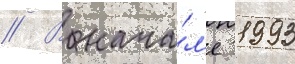
// В нача́л'е 1993